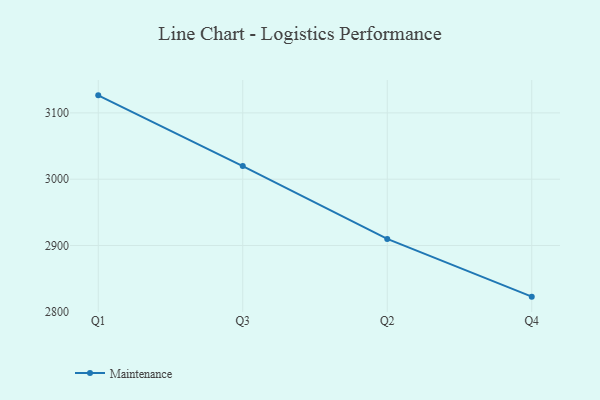
{"axis": {"x": "Quarter", "y": "Conversion Rate (%)"}, "legend": ["Maintenance"], "data": [{"x": "Q1", "y": 3126.4, "type": "Maintenance"}, {"x": "Q3", "y": 3019.8, "type": "Maintenance"}, {"x": "Q2", "y": 2910.0, "type": "Maintenance"}, {"x": "Q4", "y": 2822.9, "type": "Maintenance"}]}